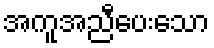
အကူအညီပေးသော